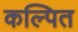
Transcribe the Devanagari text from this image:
कल्‍पित